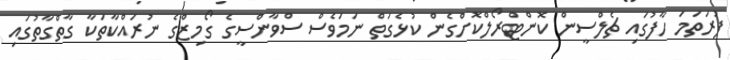
ފުރަތަމަ ހާފުގައި ޗެލްސީން ކޮންޓްރޯލްކޮށްގެން ކުޅެގަތް ނަމަވެސް ސްވާންސީގެ ގޯމިޒްގެ ނުރައްކާތަކާ ގާތްގާތުގައި